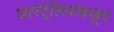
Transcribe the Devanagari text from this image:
आस्ट्रेलियाकडून